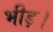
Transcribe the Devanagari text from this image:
भीड़़।